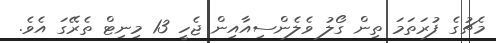
މެޗުގެ ފުރަތަމަ ތިން ގޯލު ވެލެންސިއާއިން ޖެހީ 13 މިނިޓް ތެރޭގަ އެވެ.